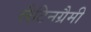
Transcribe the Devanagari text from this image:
लैटिनग्रैमी